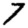
Digit: 7